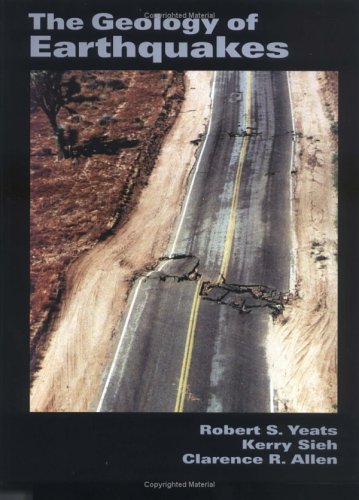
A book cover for Geology of Earthquakes; Robert S. Yeats; Science & Math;